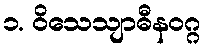
၁. ဝိသေသျာဓီနဝဂ္ဂ